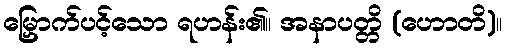
မြှောက်ပင့်သော ရဟန်း၏။ အနာပတ္တိ (ဟောတိ)။